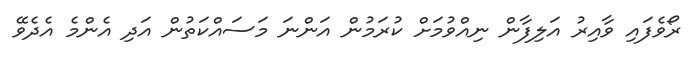
ރޯވެފައި ވާއިރު އަލިފާން ނިއްވުމަށް ކުރަމުން އަންނަ މަސައްކަތުން އަދި އެންމެ އެދެވޭ